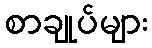
စာချုပ်များ